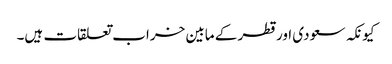
کیونکہ سعودی اور قطر کے مابین خراب تعلقات ہیں۔